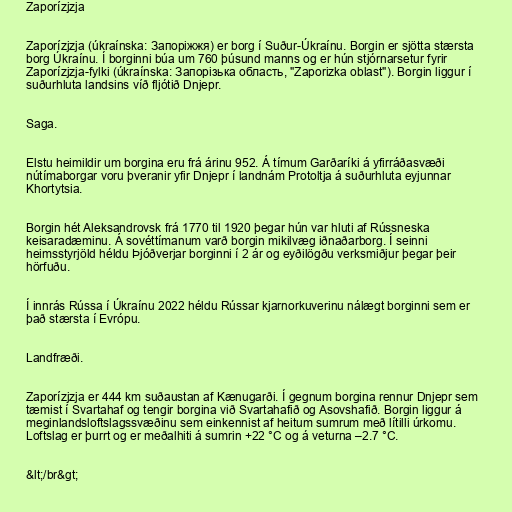
Zaporízjzja

Zaporízjzja (úkraínska: Запоріжжя) er borg í Suður-Úkraínu. Borgin er sjötta stærsta
borg Úkraínu. Í borginni búa um 760 þúsund manns og er hún stjórnarsetur fyrir
Zaporízjzja-fylki (úkraínska: Запорізька область, "Zaporizka oblast"). Borgin liggur í
suðurhluta landsins víð fljótið Dnjepr.

Saga.

Elstu heimildir um borgina eru frá árinu 952. Á tímum Garðaríki á yfirráðasvæði
nútímaborgar voru þveranir yfir Dnjepr í landnám Protoltja á suðurhluta eyjunnar
Khortytsia.

Borgin hét Aleksandrovsk frá 1770 til 1920 þegar hún var hluti af Rússneska
keisaradæminu. Á sovéttímanum varð borgin mikilvæg iðnaðarborg. Í seinni
heimsstyrjöld héldu Þjóðverjar borginni í 2 ár og eyðilögðu verksmiðjur þegar þeir
hörfuðu.

Í innrás Rússa í Úkraínu 2022 héldu Rússar kjarnorkuverinu nálægt borginni sem er
það stærsta í Evrópu.

Landfræði.

Zaporízjzja er 444 km suðaustan af Kænugarði. Í gegnum borgina rennur Dnjepr sem
tæmist í Svartahaf og tengir borgina við Svartahafið og Asovshafið. Borgin liggur á
meginlandsloftslagssvæðinu sem einkennist af heitum sumrum með lítilli úrkomu.
Loftslag er þurrt og er meðalhiti á sumrin +22 °C og á veturna –2.7 °C.

&lt;/br&gt;